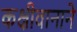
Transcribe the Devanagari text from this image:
कक्षीवानाने